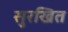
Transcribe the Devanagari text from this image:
सुरखित